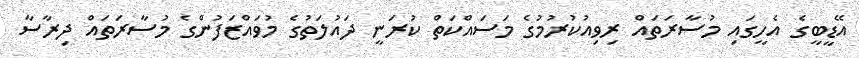
އޭޑީބީގެ އެހީގައި މުސާރަތައް ރިވިއުކުރުމުގެ މަސައްކަތް ކުރަނީ ދައުލަތުގެ މުވައްޒަފުންގެ މުސާރަތައް ދިރާސާ